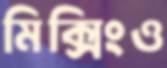
মিক্সিংও